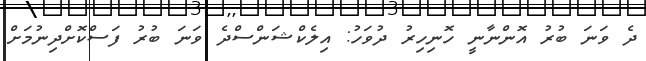
ދެ ވަނަ ބުރު އޮންނާނީ ހޮނިހިރު ދުވަހު: އިލެކްޝަންސްދެ ވަނަ ބުރު ފަސްކޮށްދިނުމަށް